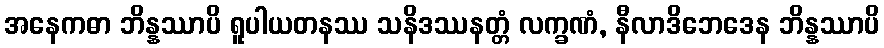
အနေကဓာ ဘိန္နဿာပိ ရူပါယတနဿ သနိဒဿနတ္တံ လက္ခဏံ, နီလာဒိဘေဒေန ဘိန္နဿာပိ